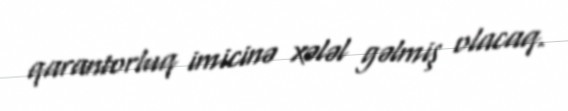
qarantorluq imicinə xələl gəlmiş olacaq.